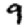
Digit: 9